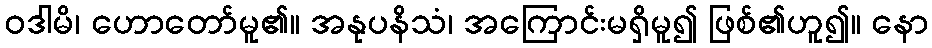
ဝဒါမိ၊ ဟောတော်မူ၏။ အနုပနိသံ၊ အကြောင်းမရှိမူ၍ ဖြစ်၏ဟူ၍။ နော